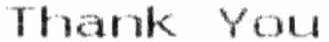
THANK YOU